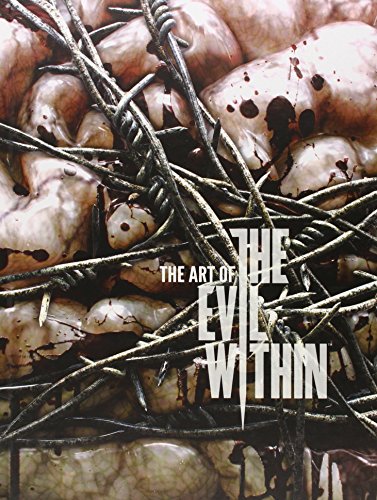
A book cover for Art of Evil Within; Bethesda Games; Arts & Photography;